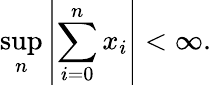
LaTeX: \operatorname*{sup}_{n}\left\vert\sum_{i=0}^{n}x_{i}\right\vert<\infty.